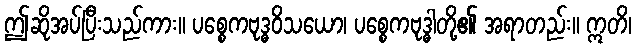
ဤဆိုအပ်ပြီးသည်ကား။ ပစ္စေကဗုဒ္ဓဝိသယော၊ ပစ္စေကဗုဒ္ဓါတို့၏ အရာတည်း။ ဣတိ၊